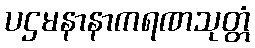
ပဌမနာနာကရဏသုတ္တံ